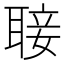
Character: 𮋵